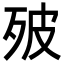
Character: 㱟